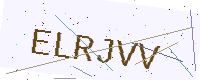
Text: ELRJVV